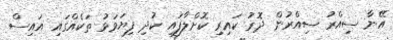
އޭނާ ސިއްރު ސިއްރުން ދޮރު ކައިރި ކޮށްލާފައި ކުދި ފިޔަވަޅު ތަކެއްގައި އައިސް